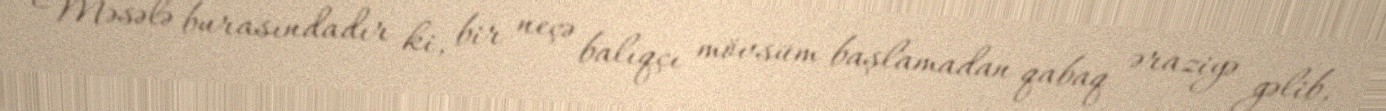
Məsələ burasındadır ki, bir neçə balıqçı mövsüm başlamadan qabaq əraziyə gəlib,